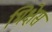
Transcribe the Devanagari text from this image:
भिक्षेस